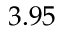
3 . 9 5